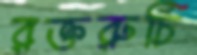
রক্তরুচি